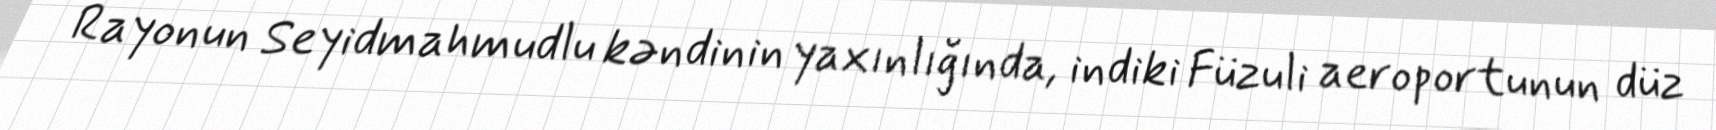
Rayonun Seyidmahmudlu kəndinin yaxınlığında, indiki Füzuli aeroportunun düz